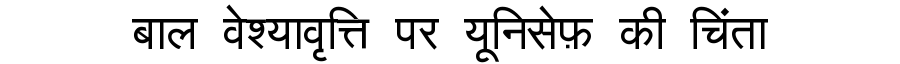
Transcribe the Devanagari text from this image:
बाल वेश्यावृत्ति पर यूनिसेफ़ की चिंता